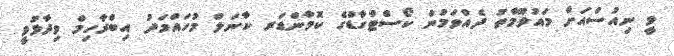
ވީ ނިއުސްއަށް މައުލޫމާތު ދެއްވަމުން ކޯސްޓްގާޑްގެ ކޮމާންޑަރ ކާނަލް މުހައްމަދު އިބްރާހިމް ވިދާޅުވީ